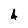
Character: 4